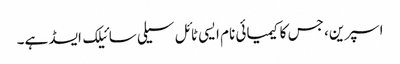
اسپرین، جس کا کیمیائی نام ایسی ٹائل سیلی سائیلک ایسڈ ہے۔